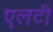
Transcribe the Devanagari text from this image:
एलटी